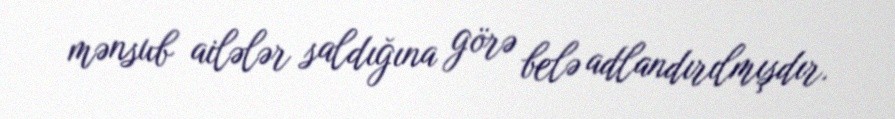
mənsub ailələr saldığına görə belə adlandırılmışdır.